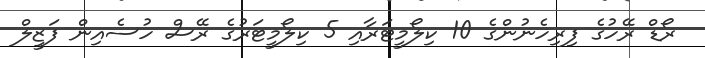
ރޯޑް ރޭހުގެ ފިރިހެނުންގެ 10 ކިލޯމީޓަރާއި 5 ކިލޯމީޓަރުގެ ރޭސް ހުސެއިން ފަޒީލް